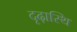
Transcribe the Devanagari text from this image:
दृढ़ास्थि